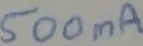
Text: 500mA